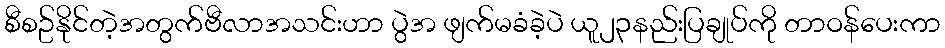
စီစဥ်နိုင်တဲ့အတွက်ဗီလာအသင်းဟာ ပွဲအ ဖျက်မခံခဲ့ပဲ ယူ၂၃နည်းပြချုပ်ကို တာဝန်ပေးကာ